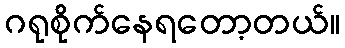
ဂရုစိုက်နေရတော့တယ်။